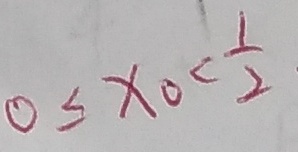
0 \leq x _ { 0 } < \frac { 1 } { 2 }